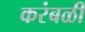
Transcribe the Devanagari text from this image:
करंबळी